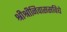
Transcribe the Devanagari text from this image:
श्रीश्रीनिवाससविधे